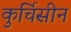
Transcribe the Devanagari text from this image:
कुर्चिसीन